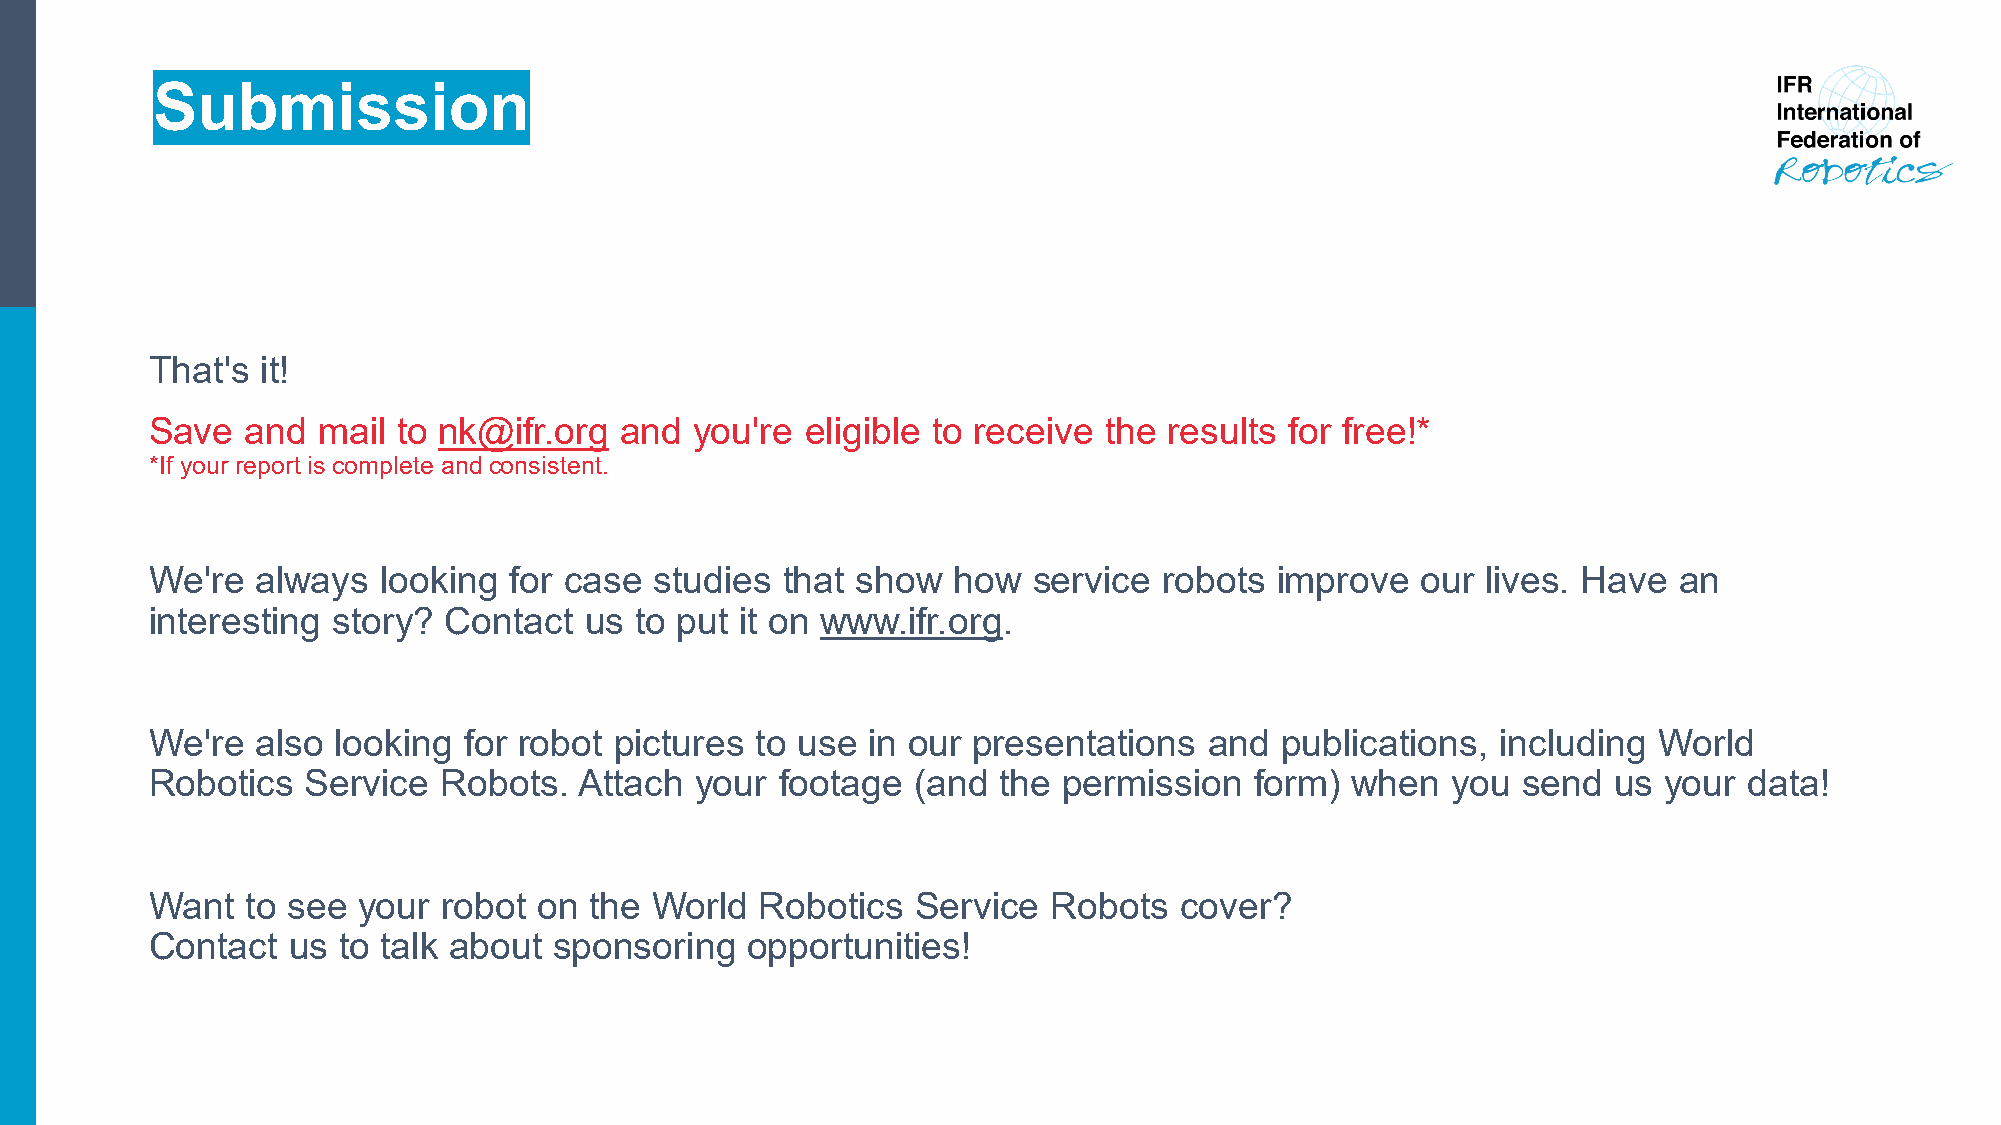
Submission
 That's it!
 Save  and  mail to nk@ifr.org  and  you're eligible to receive the results for free!*
 *If your report is complete and consistent.
 We're  always  looking  for case studies  that show  how  service  robots improve   our lives. Have  an
 interesting story? Contact   us to put it on www.ifr.org.
 We're  also looking  for robot pictures to use in our presentations   and  publications, including  World
 Robotics  Service  Robots.  Attach  your  footage (and  the permission   form) when   you  send  us your  data!
 Want  to see  your robot  on the World  Robotics   Service  Robots  cover?
 Contact  us to talk about  sponsoring  opportunities!